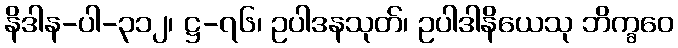
နိဒါန-ပါ-၃၁၂၊ ဋ္ဌ-၇၆၊ ဥပါဒနသုတ်၊ ဥပါဒါနိယေသု ဘိက္ခဝေ